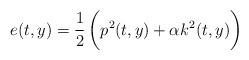
LaTeX: \begin{align*} e_{}(t,y) = \frac 12 \left( \vphantom{\int_0^1}p^2(t,y) + \alpha k^2(t,y) \right)\end{align*}